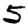
Digit: 5